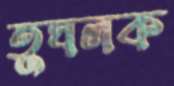
তুঘলক